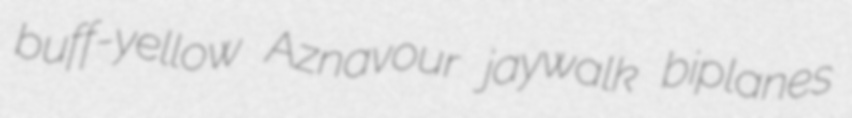
buff-yellow Aznavour jaywalk biplanes